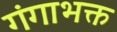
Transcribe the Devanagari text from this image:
गंगाभक्त